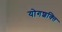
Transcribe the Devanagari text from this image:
योगशक्‍ति